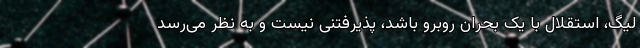
لیگ، استقلال با یک بحران روبرو باشد، پذیرفتنی نیست و به نظر می‌رسد